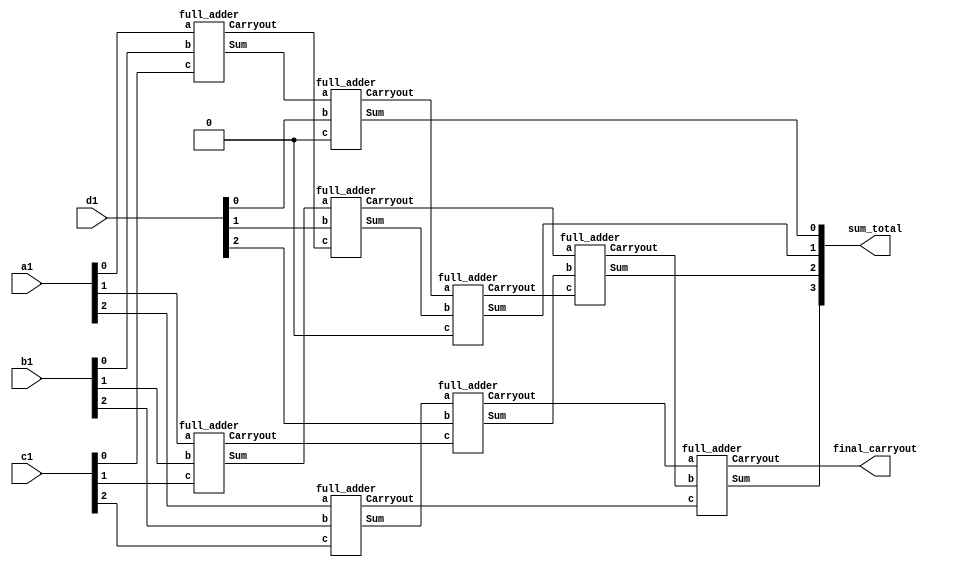
`timescale 1ns / 1ps
//////////////////////////////////////////////////////////////////////////////////
// Company: 
// Engineer: 
// 
// Design Name: 
// Module Name:    car_sav_adder 
// Project Name: 
// Target Devices: 
// Tool versions: 
// Description: 
//
// Dependencies: 
//
// Revision: 
// Revision 0.01 - File Created
// Additional Comments: 
//
//////////////////////////////////////////////////////////////////////////////////
module carry_saveadder(a1,b1,c1,d1,sum_total,final_carryout);
input[2:0] a1, b1,c1,d1;
output [3:0]sum_total;
output final_carryout;
	full_adder FA1(a1[0],b1[0],c1[0], sm0,cr0);
	//FA1 is a user-selected label
	full_adder FA2(a1[1],b1[1],c1[1], sm1,cr1);
	full_adder FA3(a1[2],b1[2],c1[2], sm2,cr2);
	full_adder FA4(sm0,d1[0],1'b0, smm0,crr0);
	full_adder FA5(sm1,d1[1],cr0, smm1,crr1);
	full_adder FA6(sm2,d1[2],cr1, smm2,crr2);
	assign sum_total[0] =smm0;
	full_adder FA7(crr0,smm1,1'b0, sum_total[1],crrr0);
	full_adder FA8(crr1,smm2,crrr0, sum_total[2],crrr1);
	full_adder FA9(crr2,crrr1,cr2, sum_total[3],cc);
	assign final_carryout = cc;
endmodule

module full_adder (a,b,c,Sum,Carryout);
input a,b,c;
output Sum, Carryout;
	not (a_bar,a); // this is an inverter
	not (b_bar,b);
	not (c_bar,c);
	and a1 (s0,a_bar,b_bar, c);/*This is And gate with
	 optional name a1*/
	and a2 (s1,a_bar,b, c_bar);
	and a3 (s2,a,b_bar, c_bar);
	and a4 (s3,a,b,c);
	or o1(Sum, s0,s1,s2,s3);
	and a5 ( s5,a,b);
	and a6 ( s6,a,c);
	and a7 ( s7,b,c);
	or o2( Carryout,s5,s6,s7);
endmodule